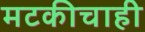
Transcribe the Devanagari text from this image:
मटकीचाही